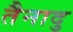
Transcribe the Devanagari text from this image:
तैनादु